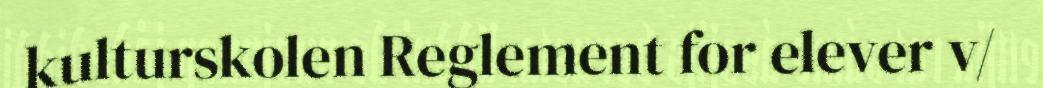
kulturskolen Reglement for elever v/